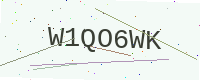
Text: W1QO6WK